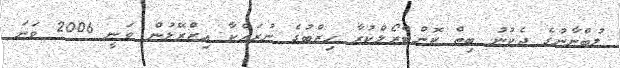
ލުބްނާނުގެ ދެކުނު ބިތް ކޮންޓްރޯލްކުރާ ހިޒްބުގެ ނުރައްކާ އިޒްރޭލުން ވަނީ 2006 ވަނަ